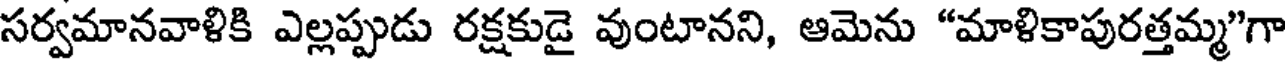
సర్వమానవాళికి ఎల్లప్పుడు రక్షకుడై వుంటానని, ఆమెను "మాళికాపురత్తమ్మ"గా